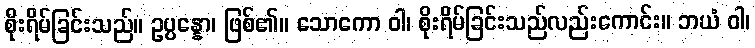
စိုးရိမ်ခြင်းသည်။ ဥပ္ပန္နော၊ ဖြစ်၏။ သောကော ဝါ၊ စိုးရိမ်ခြင်းသည်လည်းကောင်း။ ဘယံ ဝါ၊